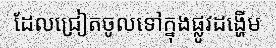
ដែលជ្រៀតចូលទៅក្នុងផ្លូវដង្ហើម